NAE_EAA_P-1050_Enda_Kallas, lk 9
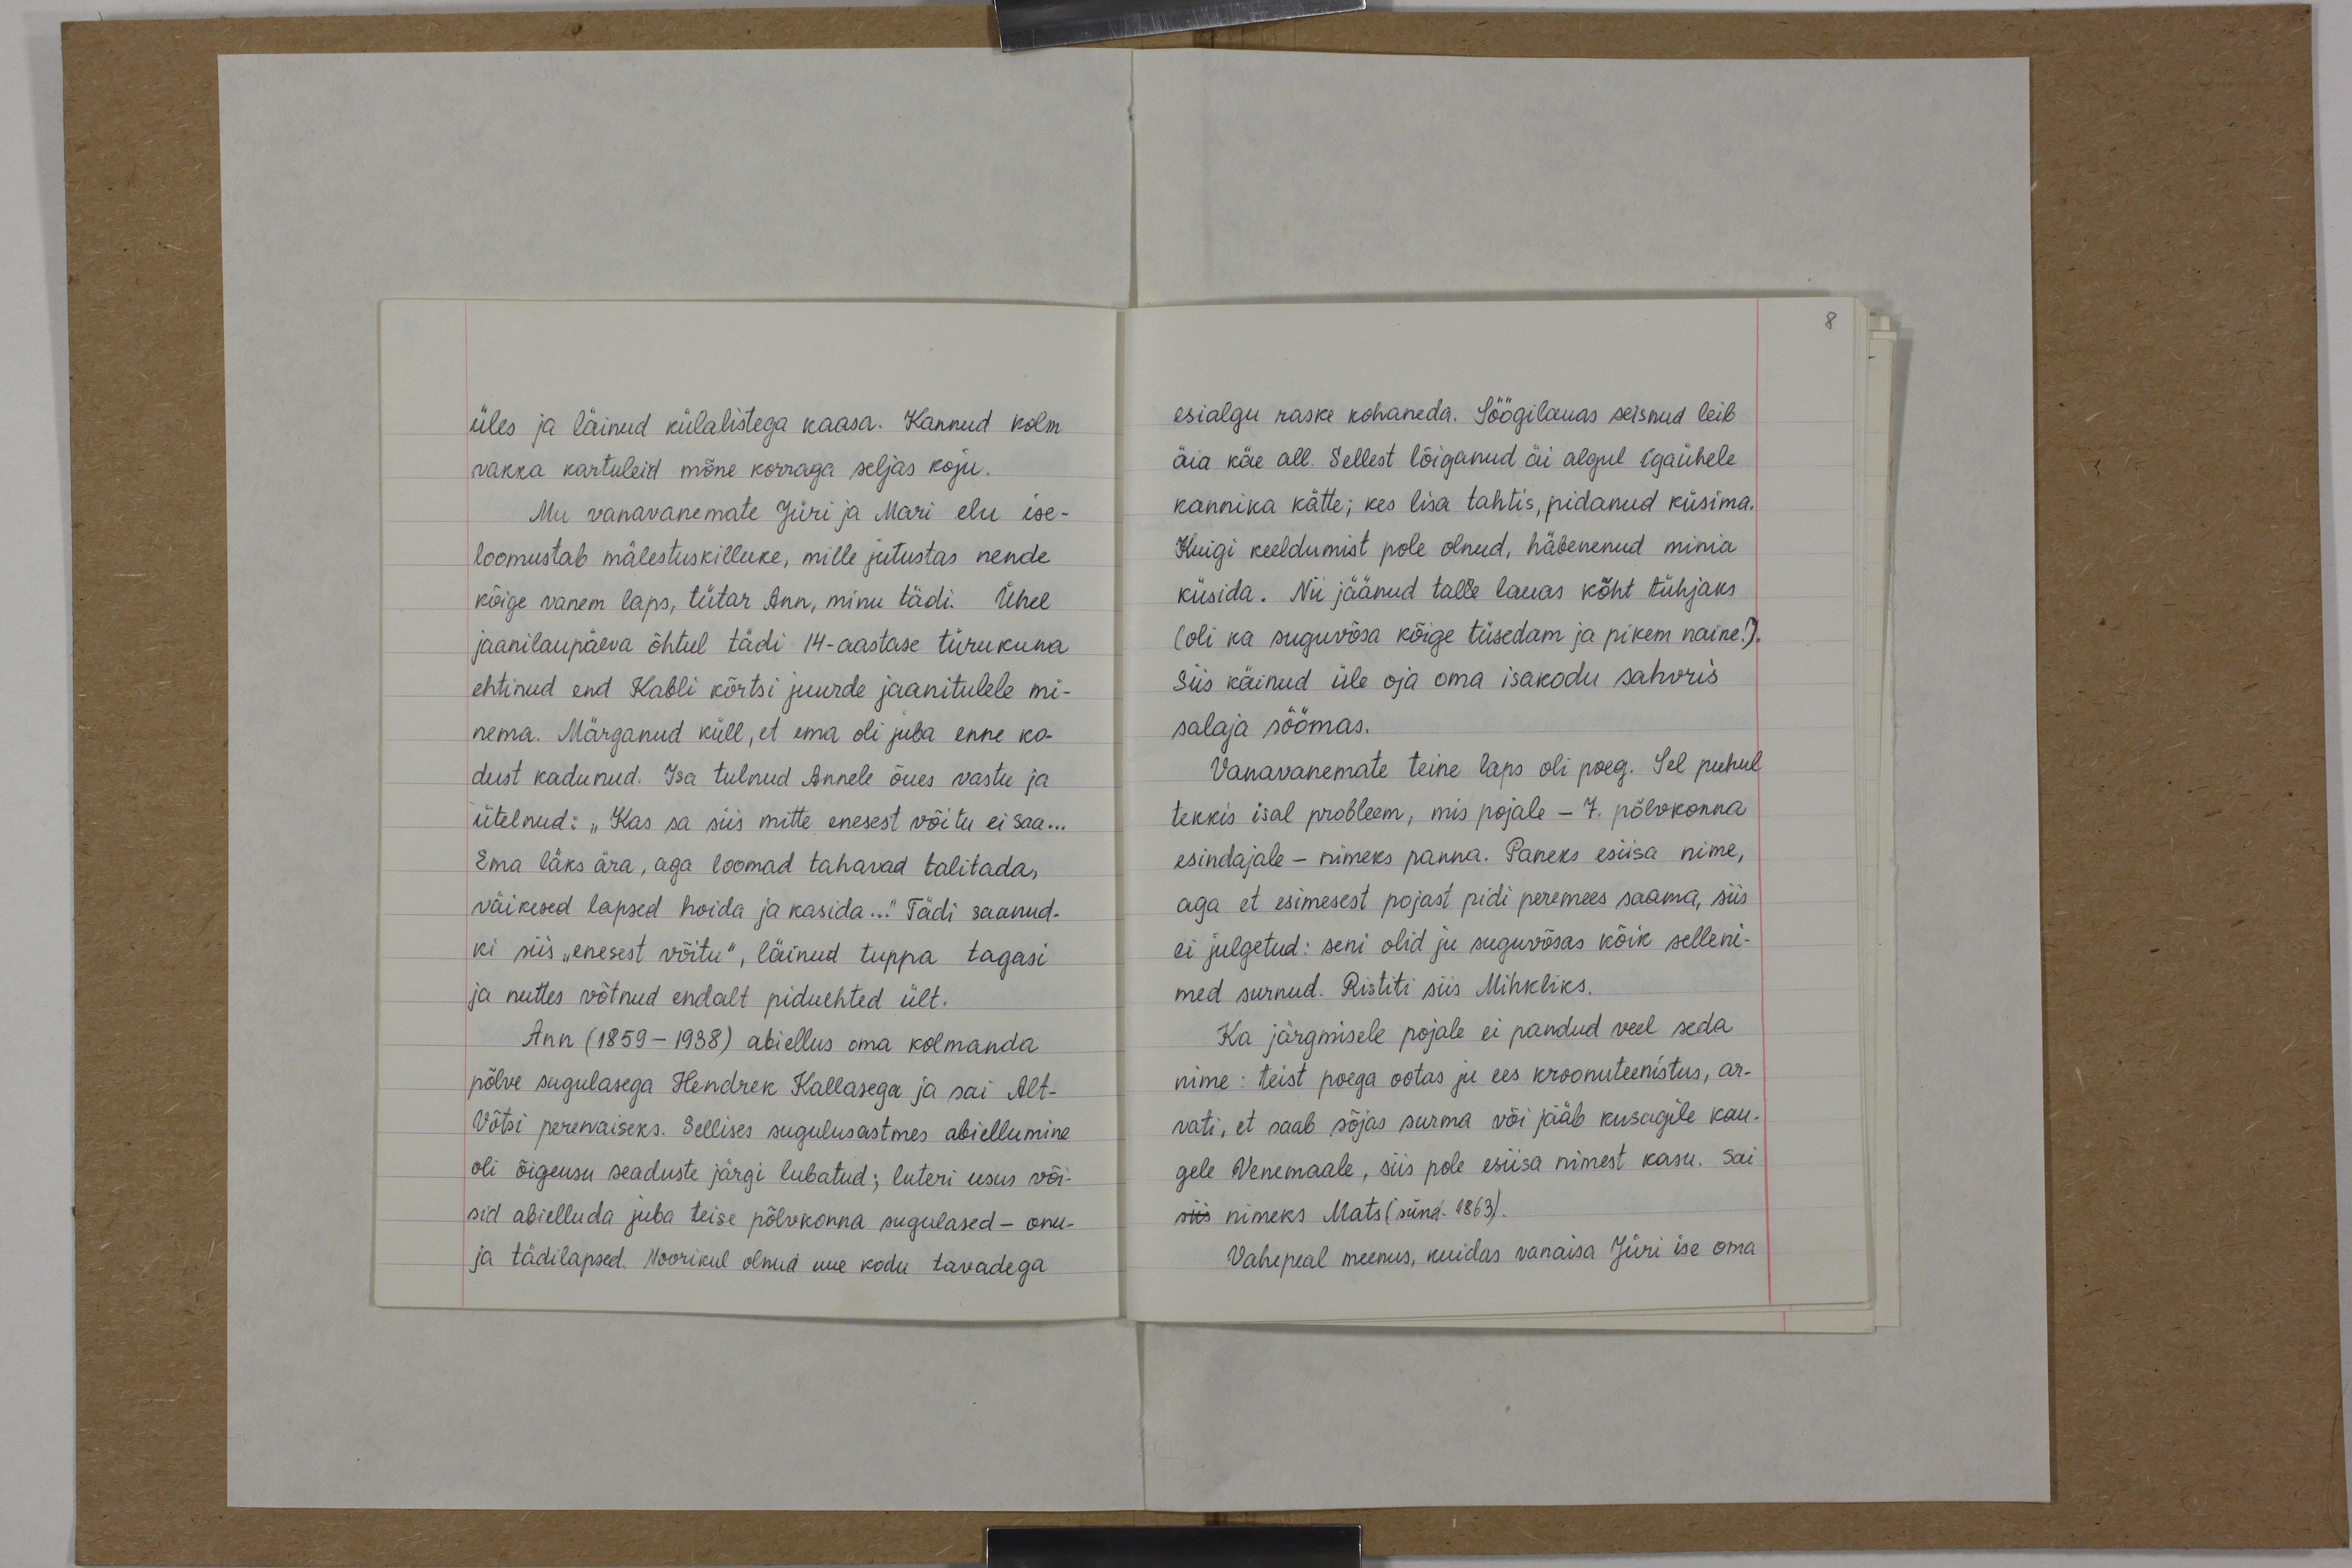
üles ja läinud külalistega kaasa. Kannud kolm
rakka kartuleid mõne korraga seljas koju.
Mu vanavanemate Jüri ja Mari elu ise-
loomustab mälestuskilluke, mille jutustas nende
kõige vanem laps, tütar Ann, minu tädi. Ühel
jaanilaupäeva õhtul tädi 14-aastase türukuna
ehtinud end Kabli kõrtsi juurde jaanitulele mi-
nema. Märganud küll, et ema oli juba enne ko-
dust kadunud. Isa tulnud Annele õues vastu ja
ütelnud: "Kas sa siis mitte enesest võitu ei saa...
Ema läks ära, aga loomad tahavad talitada,
väikesed lapsed hoida ja kasida..." Tädi saanud-
ki siis "enesest võitu", läinud tuppa tagasi
ja nuttes võtnud endalt piduehted ült.
Ann (1859-1938) abiellus oma kolmanda
põlve sugulasega Hendrek Kallasega ja sai Alt-
Võtsi perenaiseks. Sellises sugulusastmes abiellumine
oli õigeusu seaduste järgi lubatud; luteri usus või-
sid abielluda juba teise põlvkonna sugulased - onu-
ja tädilapsed. Noorikul olnud uue kodu tavadega

esialgu raske kohaneda. Söögilauas seisnud leib
äia käe all. Sellest lõiganud äi algul igaühele
kannika kätte; kes lisa tahtis, pidanud küsima.
Kuigi keeldumist pole olnud, häbenenud minia
küsida. Nii jäänud talle lauas kõht tühjaks
(oli ka suguvõsa kõige tüsedam ja pikem naine!).
Siis käinud üle oja oma isakodu sahvris
salaja söömas.
Vanavanemate teine laps oli poeg. Sel puhul
tekkis isal probleem, mis pojale - 7. põlvkonna
esindajale - nimeks panna. Paneks esiisa nime,
aga et esimesest pojast pidi peremees saama, siis
ei julgetud: seni olid ju suguvõsas kõik selleni-
med surnud. Ristiti siis Mihkliks.
Ka järgmisele pojale ei pandud veel seda
nime: teist poega ootas ju ees kroonuteenistus, ar-
vati, et saab sõjas surma või jääb kusagile kau-
gele Venemaale, siis pole esiisa nimest kasu. Sai
siis nimeks Mats (sünd. 1893).
Vahepeal meenus, kuidas vanaisa Jüri ise oma